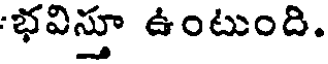
భవిస్తూ ఉంటుంది.